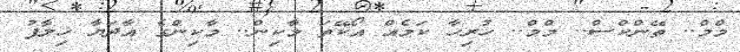
މްމް.. ތޭންކްސް.. މްމް.. ހުރިހާ ކަމެއް އޯކޭތަ މާކިން.. މާކިންގެ އާދަޔާ ޚިލާފު